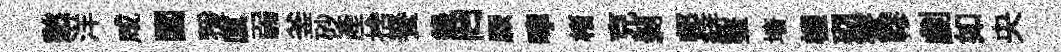
愁洋咸閶猨廩弱釜砂產捨養錄罔厥嚀楮克剝邨緋鳌墻幰砌寮轇劇如央